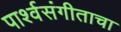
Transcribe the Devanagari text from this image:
पार्श्वसंगीताचा